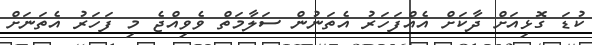
ކުޑަ ގޮޅިއަށް ދާކަށް އެއްފަހަރު އެތަނުން ސަލާމަތް ވެވިއްޖެ މި ފަހަރު އެތަނަށް